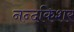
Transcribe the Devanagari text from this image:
नन्दकिशर